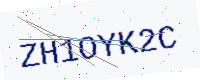
Text: ZH1OYK2C